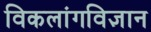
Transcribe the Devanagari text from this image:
विकलांगविज्ञान